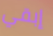
إبقي